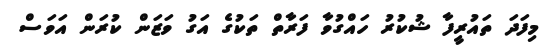
މިފަދަ ތައުރީފާ ޝުކުރު ހައްގުވާ ފަރާތް ތަކުގެ އަގު ވަޒަން ކުރަން އަވަސްް